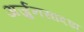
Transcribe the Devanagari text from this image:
अर्जुनसादडा